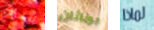
تنصرف جوناثان لماذا